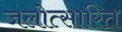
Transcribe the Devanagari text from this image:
जलोत्सारित